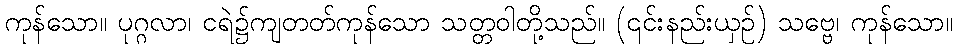
ကုန်သော။ ပုဂ္ဂလာ၊ ငရဲ၌ကျတတ်ကုန်သော သတ္တဝါတို့သည်။ (၎င်းနည်းယှဉ်) သဗ္ဗေ၊ ကုန်သော။